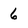
Character: 6